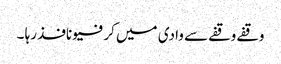
وقفے وقفے سے وادی میں کرفیو نافذ رہا ۔